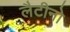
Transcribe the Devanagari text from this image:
लैटीनो